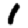
Digit: 1